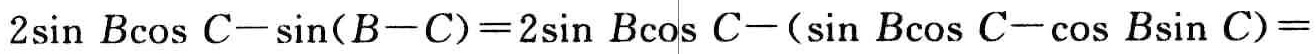
$2\sin B\cos C-\sin(B - C)=2\sin B\cos C-(\sin B\cos C-\cos B\sin C)=$